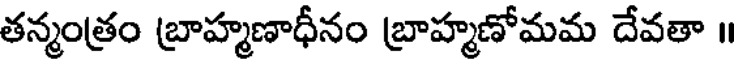
తన్మంత్రం బ్రాహ్మణాధీనం బ్రాహ్మణోమమ దేవతా ॥